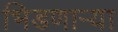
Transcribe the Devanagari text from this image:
भिडणाऱ्या